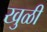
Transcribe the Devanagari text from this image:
खुळी